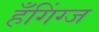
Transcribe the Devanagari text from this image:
हँगिंग्ज